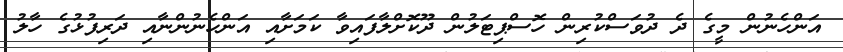
އަންހެނުން މީގެ ދެ ދުވަސްކުރިން ހޮސްޕިޓަލުން ދޫކޮށްލާފައިވާ ކަމަށާއި އަންހެނުންނާއި ދަރިފުޅުގެ ހާލު